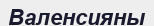
Валенсияны